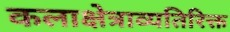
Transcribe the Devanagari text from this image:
कलाक्षेत्राव्यतिरिक्त